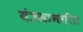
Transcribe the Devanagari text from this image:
यंत्रसामगीत